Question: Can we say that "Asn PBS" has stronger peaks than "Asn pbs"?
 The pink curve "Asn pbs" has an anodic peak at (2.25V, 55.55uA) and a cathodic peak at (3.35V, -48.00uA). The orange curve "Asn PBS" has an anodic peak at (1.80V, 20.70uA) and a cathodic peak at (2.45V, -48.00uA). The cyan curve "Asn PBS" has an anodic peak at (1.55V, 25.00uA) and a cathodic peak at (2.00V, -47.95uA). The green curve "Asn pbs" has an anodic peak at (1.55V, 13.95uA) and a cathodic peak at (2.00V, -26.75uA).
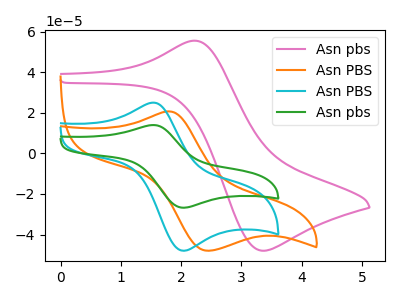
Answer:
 <answer>Every peak in "Asn PBS" is higher than every peak in "Asn pbs".</answer>
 <eval>higher</eval>